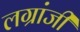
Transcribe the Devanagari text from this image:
लग्रांजी